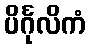
ပိင်္ဂုလိကံ